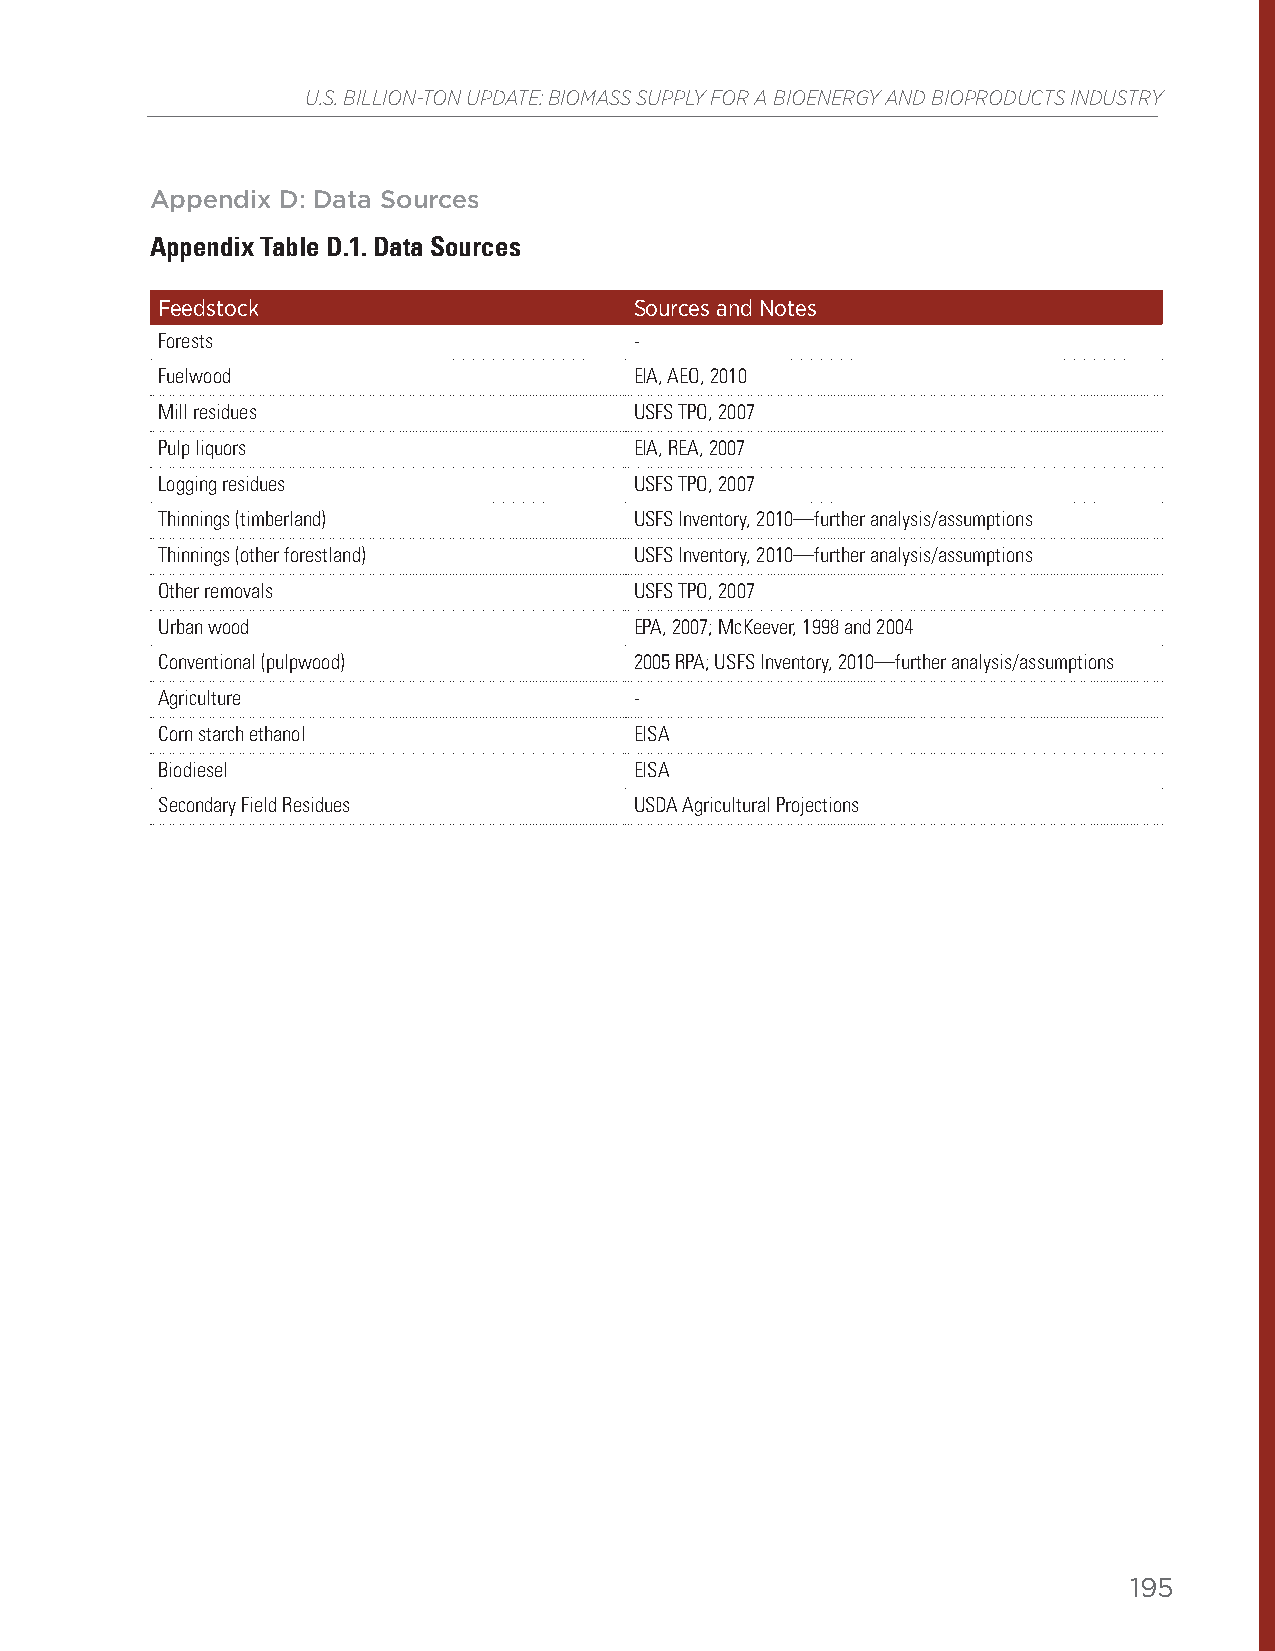
U.S. BILLION-TON UPDATE: BIOMASS SUPPLY FOR A BIOENERGY AND BIOPRODUCTS INDUSTRY
 Appendix D: Data Sources
 Appendix Table D.1. Data Sources
 Feedstock                       Sources and Notes
 Forests                         -
 Fuelwood                        EIA, AEO, 2010
 Mill residues                   USFS TPO, 2007
 Pulp liquors                    EIA, REA, 2007
 Logging residues                USFS TPO, 2007
 Thinnings (timberland)          USFS Inventory, 2010—further analysis/assumptions
 Thinnings (other forestland)    USFS Inventory, 2010—further analysis/assumptions
 Other removals                  USFS TPO, 2007
 Urban wood                      EPA, 2007; McKeever, 1998 and 2004
 Conventional (pulpwood)         2005 RPA; USFS Inventory, 2010—further analysis/assumptions
 Agriculture                     -
 Corn starch ethanol             EISA
 Biodiesel                       EISA
 Secondary Field Residues        USDA Agricultural Projections
 195